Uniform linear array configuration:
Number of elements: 4
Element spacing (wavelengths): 1
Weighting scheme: blackman
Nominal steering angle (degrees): -15
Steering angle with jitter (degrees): -13.57
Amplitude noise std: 0.05
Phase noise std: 0.05

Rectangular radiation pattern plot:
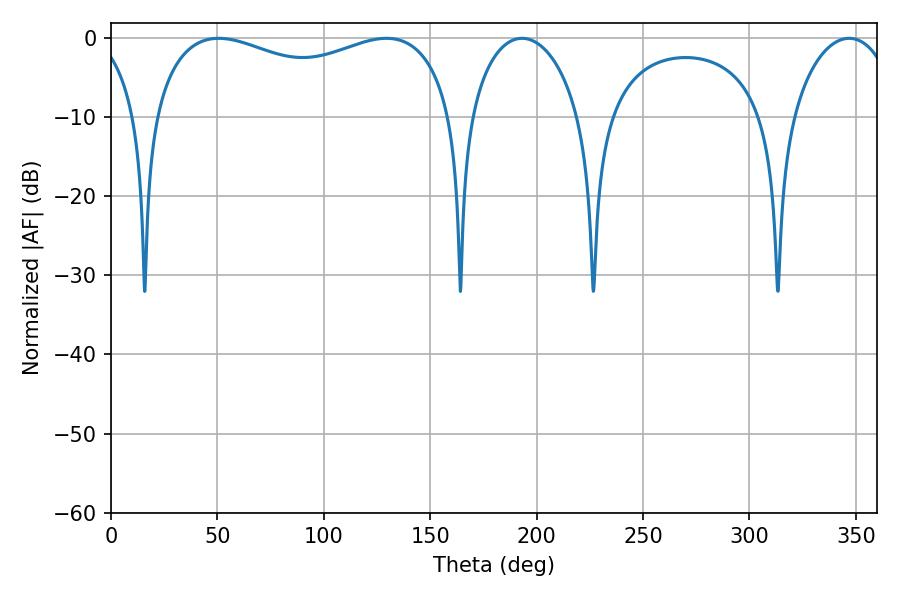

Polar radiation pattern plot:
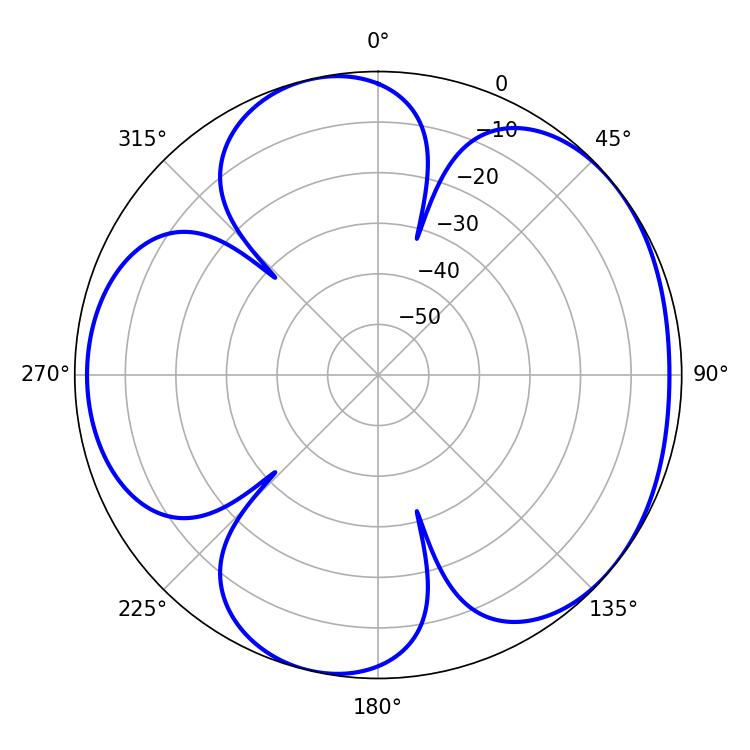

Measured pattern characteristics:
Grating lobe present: TRUE
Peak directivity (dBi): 4.815
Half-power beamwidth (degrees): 29.7
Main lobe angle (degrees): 193.14